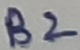
Text: B2